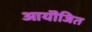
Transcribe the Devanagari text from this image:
आयॊजित